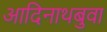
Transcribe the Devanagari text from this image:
आदिनाथबुवा